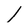
Character: I